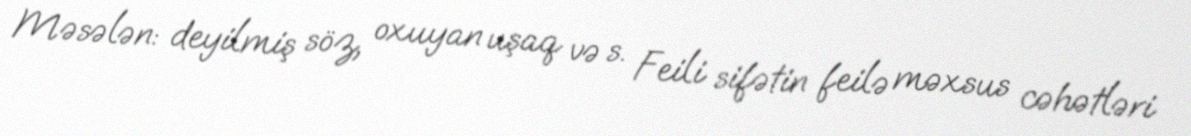
Məsələn: deyilmiş söz, oxuyan uşaq və s. Feili sifətin feilə məxsus cəhətləri